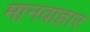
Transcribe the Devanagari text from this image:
मानवाहार